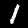
Digit: 1